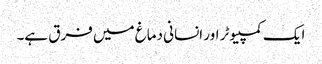
ایک کمپیوٹر اور انسانی دماغ میں فرق ہے۔